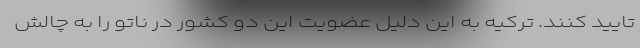
تایید کنند. ترکیه به این دلیل عضویت این دو کشور در ناتو را به چالش